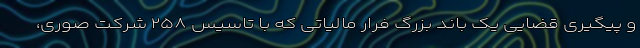
و پیگیری قضایی یک باند بزرگ فرار مالیاتی که با تاسیس ۲۵۸ شرکت صوری،